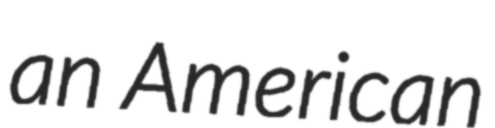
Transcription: an American